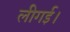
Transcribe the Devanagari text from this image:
लीगई।